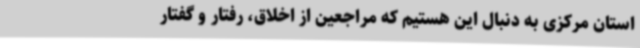
استان مرکزی به دنبال این هستیم که مراجعین از اخلاق، رفتار و گفتار